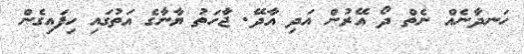
ހަނދާނެއް ނެތް ދޯ އޭރުން އަދި އާދޭ. ޖާހަތު ޔާނާގެ އަތުގައި ހިފައިގެން